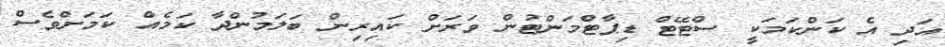
އަދި އެ ކަންކަމަކީ ސްޓޭޓް ޑިޕާޓްމަންޓުން ވަރަށް ކައިރިން ބަލަމުންދާ ކަމެއް ކަމަށްވެސް